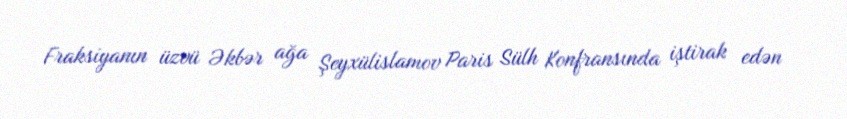
Fraksiyanın üzvü Əkbər ağa Şeyxülislamov Paris Sülh Konfransında iştirak edən